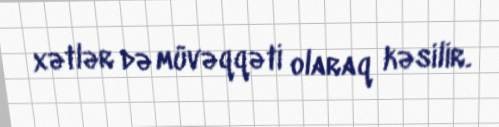
xətlər də müvəqqəti olaraq kəsilir.